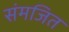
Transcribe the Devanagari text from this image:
संमजित